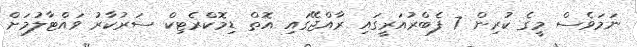
ނަމަވެސް މީގެ ކުރިން 7 ފެބްރުއަރީގައި ރާއްޖޭގައި އޮތް ޑިމޮކްރެޓިކް ސަރުކާރު ވައްޓާލުމަށް